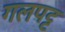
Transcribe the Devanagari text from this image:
गलपट्ट